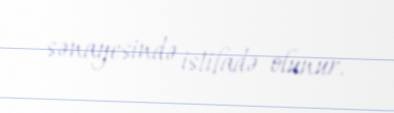
sənayesində istifadə olunur.